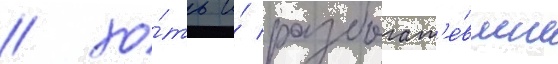
/ хо́ть и́ разбогат'е́вшие